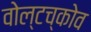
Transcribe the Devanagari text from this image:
वोल्टच्कोव